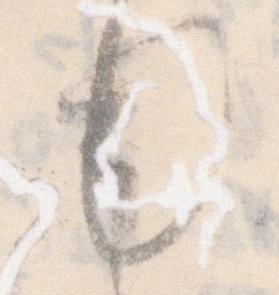
毛